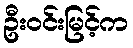
ဦးဝင်းမြင့်က